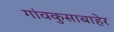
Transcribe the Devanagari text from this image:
गांवकुसाबाहेर